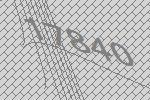
17840